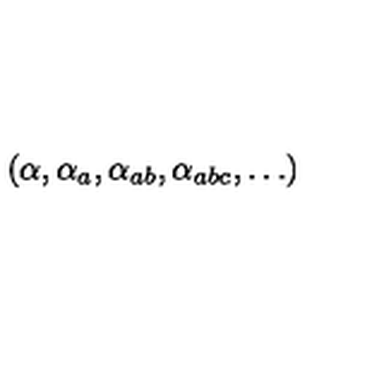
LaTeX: ( \alpha , \alpha _ { a } , \alpha _ { a b } , \alpha _ { a b c } , \ldots )